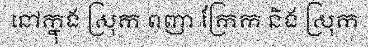
នៅក្នុង ស្រុក ពញា ក្រែក និង ស្រុក